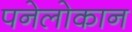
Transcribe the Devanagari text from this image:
पनेलोकान